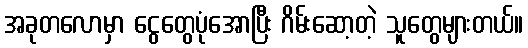
အခုတလောမှာ ငွေတွေပုံအောပြီး ဂိမ်းဆော့တဲ့ သူတွေများတယ်။